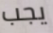
يجب